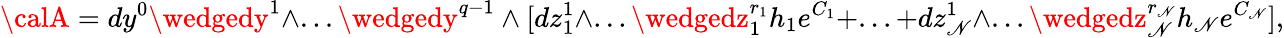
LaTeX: {\calA}=dy^{0}\wedgedy^{1}\wedge...\wedgedy^{q-1}\wedge[dz_{1}^{1}\wedge...\wedgedz_{1}^{r_{1}}h_{1}e^{C_{1}}+...+dz_{\mathscr{N}}^{1}\wedge...\wedgedz_{\mathscr{N}}^{r_{\mathscr{N}}}h_{\mathscr{N}}e^{C_{\mathscr{N}}}],